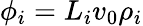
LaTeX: {\phi_{i}=L_{i}v_{0}\rho_{i}}